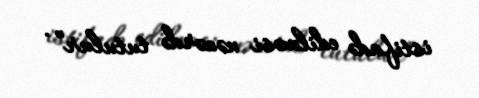
istifadə edilməsi nəzərdə tutulur” .